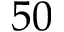
5 0